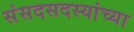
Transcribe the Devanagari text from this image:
संसदसदस्यांच्या